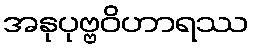
အနုပုဗ္ဗဝိဟာရဿ